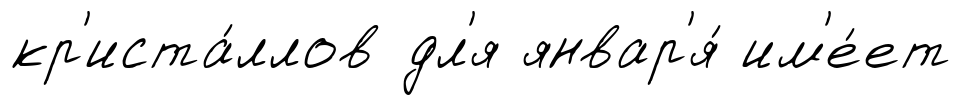
кр'иста́ллов дл'я январ'я́ им'е́ет